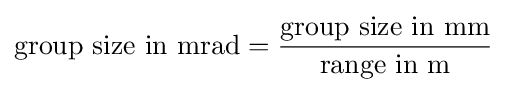
{\text{group size in mrad}}={\frac {\text{group size in mm}}{\text{range in m}}}